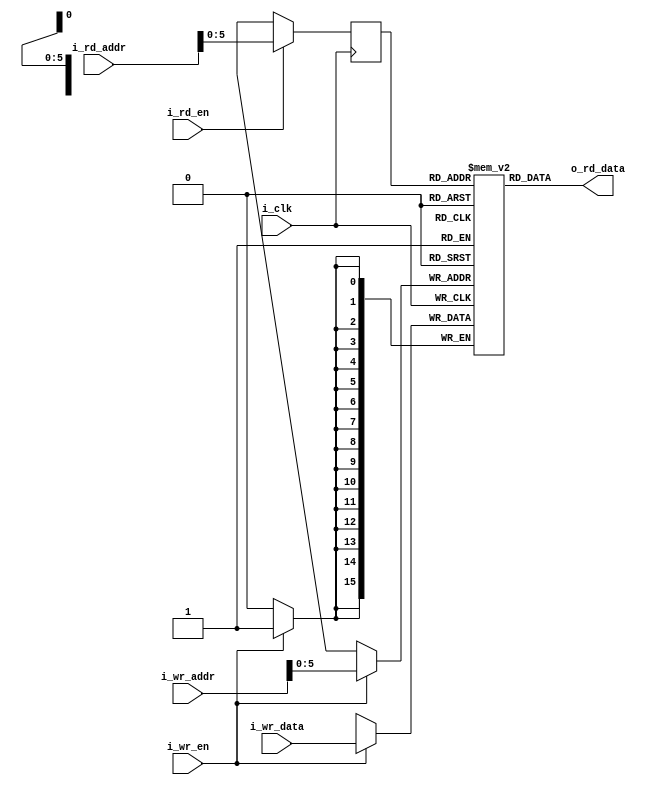
// pmem_fake: a fake synchronous psum memory

module pmem_fake
#(parameter
	PDATA_WIDTH = 16,
	ADDR_WIDTH = 8 // depth = 256, 256B
	)
(
  // inputs
  input i_clk, 
  input i_wr_en,
  input i_rd_en, 
  input [ADDR_WIDTH-1:0] i_wr_addr,
  input [PDATA_WIDTH-1:0] i_wr_data,   
  input [ADDR_WIDTH-1:0] i_rd_addr,
    
  //output
  output wire [PDATA_WIDTH-1:0] o_rd_data
);


// Here for the fake memory, only 16 will be implemented
reg [PDATA_WIDTH-1:0] REG [0:63];
reg [ADDR_WIDTH-1:0] rd_addr;

always @ (posedge i_clk) begin
 	if(i_rd_en) 
     rd_addr <= i_rd_addr;
  else
     rd_addr <= 8'bx;
end

assign o_rd_data = REG[rd_addr];


always @ (posedge i_clk) begin
  if(i_wr_en) 
    // Write behavior
    REG[i_wr_addr] <= i_wr_data;
end

endmodule